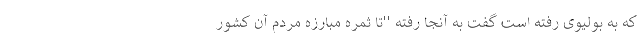
که به بولیوی رفته است گفت به آنجا رفته ''تا ثمره مبارزه مردم آن کشور